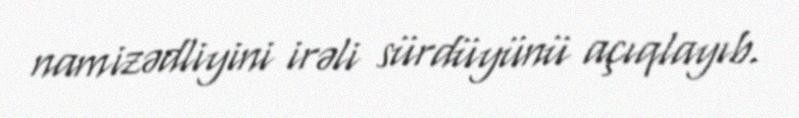
namizədliyini irəli sürdüyünü açıqlayıb.